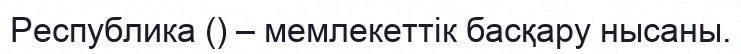
Республика () – мемлекеттік басқару нысаны.